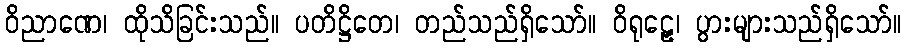
ဝိညာဏေ၊ ထိုသိခြင်းသည်။ ပတိဋ္ဌိတေ၊ တည်သည်ရှိသော်။ ဝိရုဠှေ၊ ပွားများသည်ရှိသော်။